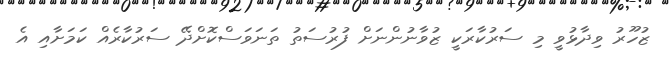
ޒުހޫރު ވިދާޅުވީ މި ސަރުކާރަކީ ޒުވާނުންނަށް ފުރުސަތު ތަނަވަސްކޮށްދޭ ސަރުކާރެއް ކަމަށާއި އެ